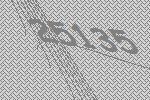
25135